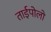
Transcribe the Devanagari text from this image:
ताईपोलो